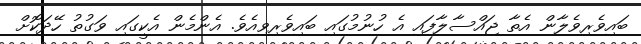
ބައިވެރިވެލާން އެތާ ޖައްސާލާފައި އެ ހުނުމުގައި ބައިވެރިވިއެވެ. އެންމެން އެކީގައި ވަގުތު ހޭދަކޮށް